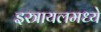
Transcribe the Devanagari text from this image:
इस्त्रायलमध्ये